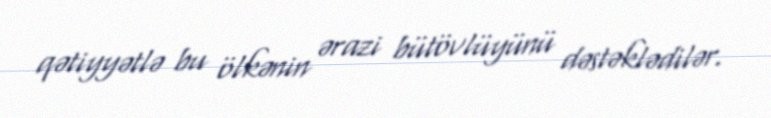
qətiyyətlə bu ölkənin ərazi bütövlüyünü dəstəklədilər.